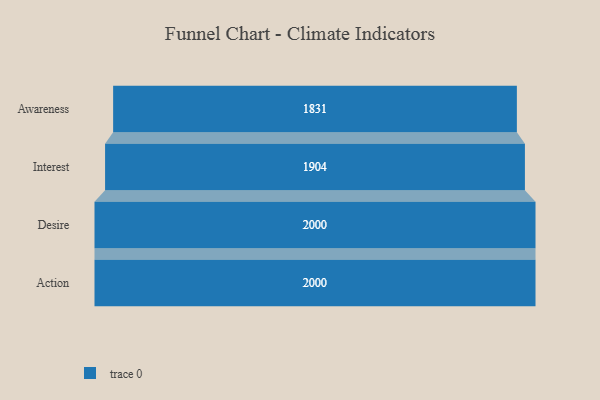
{"axis": {"x": "Stage", "y": "Value"}, "legend": [""], "data": [{"x": "Awareness", "y": 1831.0, "type": ""}, {"x": "Interest", "y": 1904.0, "type": ""}, {"x": "Desire", "y": 2000, "type": ""}, {"x": "Action", "y": 2000, "type": ""}]}